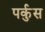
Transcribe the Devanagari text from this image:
पर्कुस